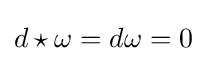
d\star \omega =d\omega =0